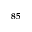
^ { 8 5 }